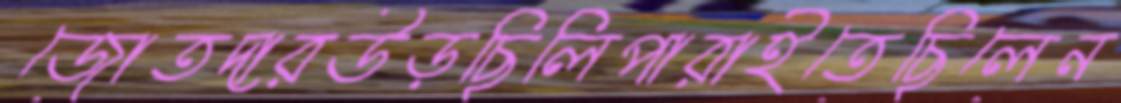
জোতদারউড়ছিলিপারাইতেছিলেন